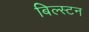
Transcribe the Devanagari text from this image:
बिल्स्टन